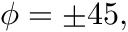
\phi = \pm 4 5 ,